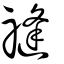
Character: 𥛝